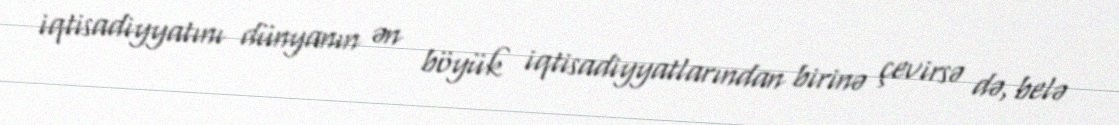
iqtisadiyyatını dünyanın ən böyük iqtisadiyyatlarından birinə çevirsə də, belə